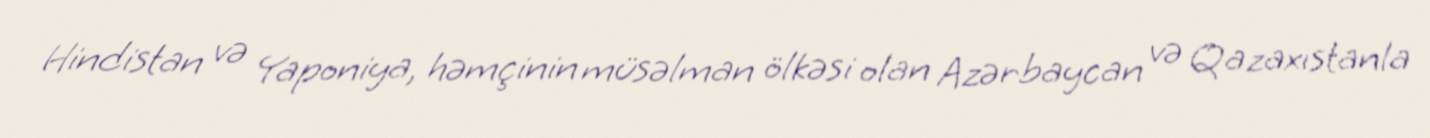
Hindistan və Yaponiya, həmçinin müsəlman ölkəsi olan Azərbaycan və Qazaxıstanla